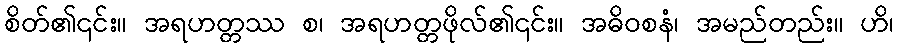
စိတ်၏၎င်း။ အရဟတ္တဿ စ၊ အရဟတ္တဖိုလ်၏၎င်း။ အဓိဝစနံ၊ အမည်တည်း။ ဟိ၊